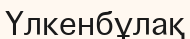
Үлкенбұлақ